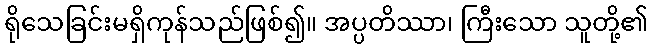
ရိုသေခြင်းမရှိကုန်သည်ဖြစ်၍။ အပ္ပတိဿာ၊ ကြီးသော သူတို့၏